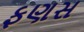
ફણસ